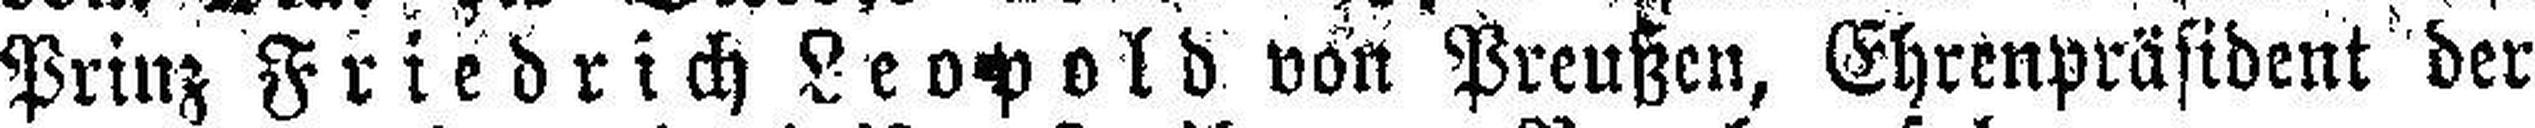
Prinz Friedrich Leopold von Preußen, Ehrenpräsident der